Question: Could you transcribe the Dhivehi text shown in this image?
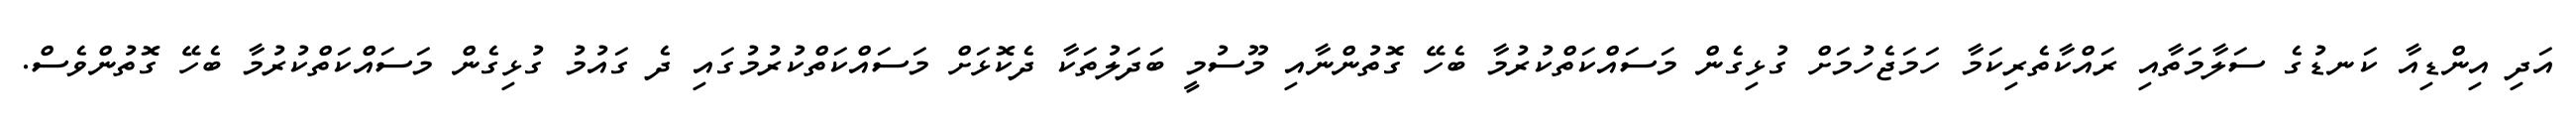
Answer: އަދި އިންޑިއާ ކަނޑުގެ ސަލާމަތާއި ރައްކާތެރިކަމާ ހަމަޖެހުމަށް ގުޅިގެން މަސައްކަތްކުރުމާ ބެހޭ ގޮތުންނާއި މޫސުމީ ބަދަލުތަކާ ދެކޮޅަށް މަސައްކަތްކުރުމުގައި ދެ ގައުމު ގުޅިގެން މަސައްކަތްކުރުމާ ބެހޭ ގޮތުންވެސް.